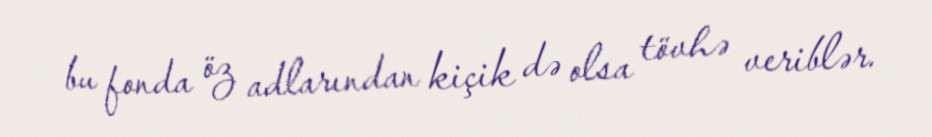
bu fonda öz adlarından kiçik də olsa tövhə veriblər.